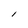
Character: l